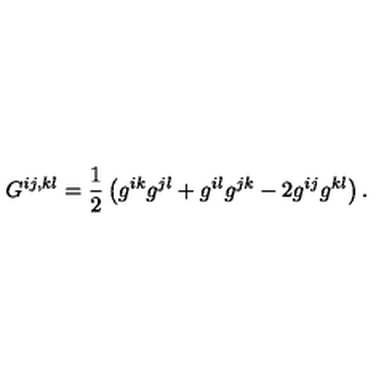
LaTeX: G ^ { i j , k l } = \frac { 1 } { 2 } \left( g ^ { i k } g ^ { j l } + g ^ { i l } g ^ { j k } - 2 g ^ { i j } g ^ { k l } \right) .